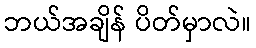
ဘယ်အချိန် ပိတ်မှာလဲ။